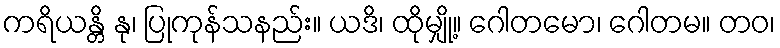
ကရိယန္တိ နု၊ ပြုကုန်သနည်း။ ယဒိ၊ ထိုမျှို့။ ဂေါတမော၊ ဂေါတမ။ တဝ၊